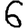
Digit: 6